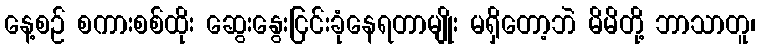
နေ့စဉ် စကားစစ်ထိုး ဆွေးနွေးငြင်းခုံနေရတာမျိုး မရှိတော့ဘဲ မိမိတို့ ဘာသာတူ၊